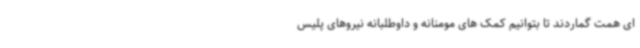
ای همت گماردند تا بتوانیم کمک های مومنانه و داوطلبانه نیروهای پلیس